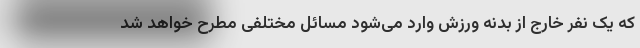
که یک نفر خارج از بدنه ورزش وارد می‌شود مسائل مختلفی مطرح خواهد شد